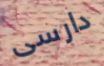
دارسى